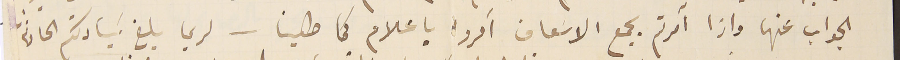
الجواب عنها واذا آمرتم بجمع الاسَعاف آمرو باعلام كما طلبنا – لربما بلغ سَيادتكم الحادثة